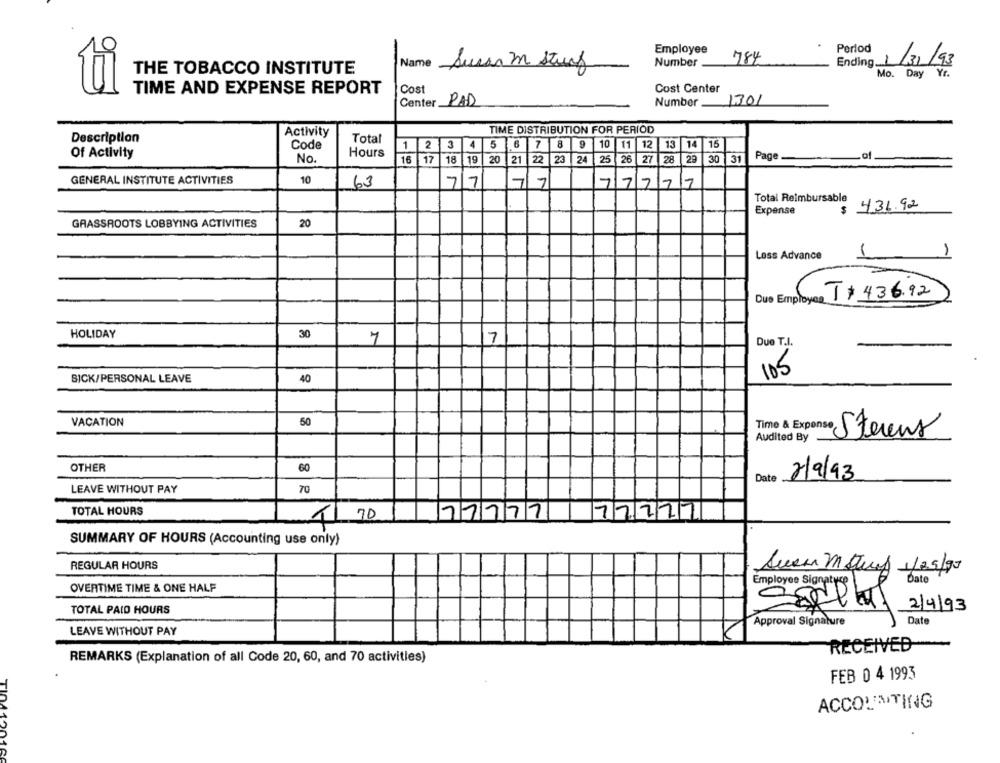
.
Employee
Period
Number
784
Ending /31/93
Name Susan m Storf
THE TOBACCO INSTITUTE
Mo. Day Yr.
ti
TIME AND EXPENSE REPORT
Cost
Cost Center
Center PAD
Number 1301
TIME DISTRIBUTION FOR PERIOD
Activity
Description
Code
Total
1 2 3 4 5 6 7 8 9
1 10
11 12 13 14
15
Hours
Of Activity
No.
16 17
18 19
20
21
22 23
24
25
26
27
28
29
30 31
Page
.of
GENERAL INSTITUTE ACTIVITIES
10
77
77
77777
63
Total Reimbursable
436.92
Expense
$
20
GRASSROOTS LOBBYING ACTIVITIES
Loss Advance
T+ 436.92
Due Employe
HOLIDAY
30
7
7
Due T.I.
105
SICK/PERSONAL LEAVE
40
VACATION
50
Time & Expense
Stevens
Audited By
OTHER
60
Date
2/9/93
70
LEAVE WITHOUT PAY
TOTAL HOURS
T1 70
77777
77777
SUMMARY OF HOURS (Accounting use only)
REGULAR HOURS
Suena Mateus 1/25/95
OVERTIME TIME & ONE HALF
TOTAL PAID HOURS
2/4/93
Approval Signature
Date
LEAVE WITHOUT PAY
RECEIVED
REMARKS (Explanation of all Code 20, 60, and 70 activities)
FEB 0 4 1993
ACCOUNTING
10